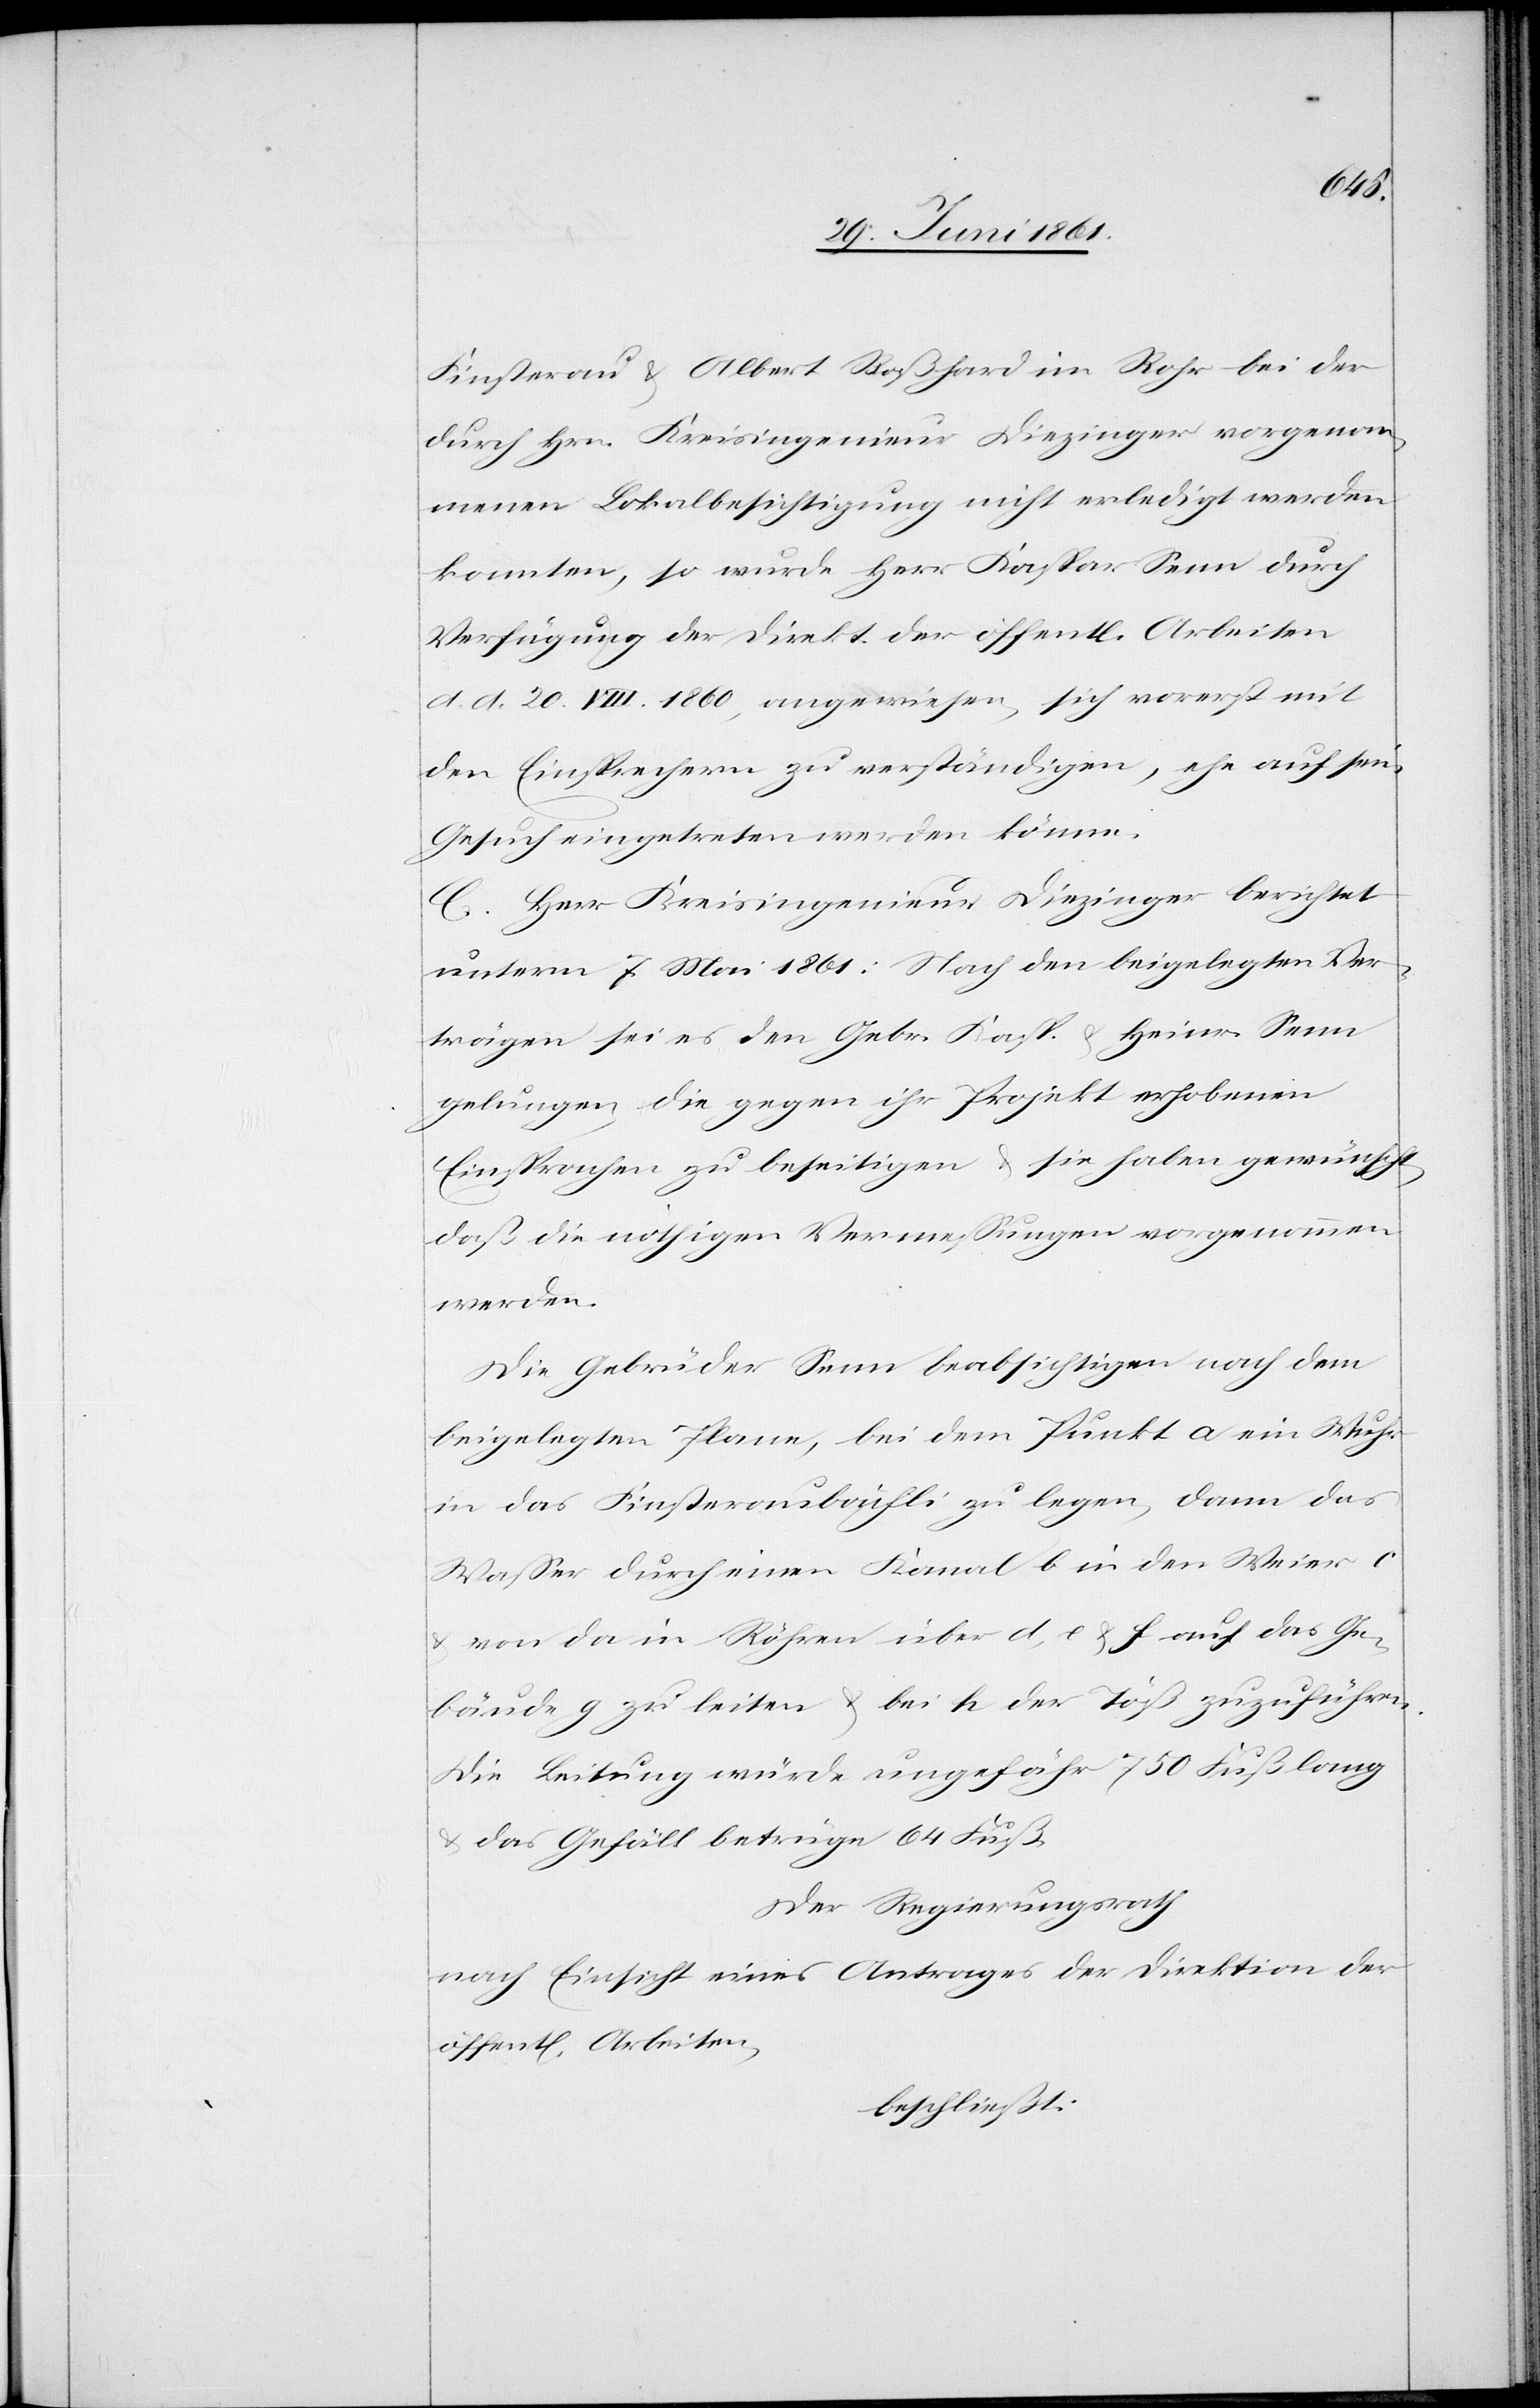
Finsterau u. Albert Boßhard in Rohr bei der
durch Hrn. Kreisingenieur Diezinger vorgenom¬
menen Lokalbesichtigung nicht erledigt werden
konnten, so wurde Herr Kaspar Senn durch
Verfügung der Direkt. der öffent[lichen] Arbeiten
d. d. 20. VII. 1860, angewiesen, sich vorerst mit
den Einsprechern zu verständigen, ehe auf sein
Gesuch eingetreten werden könne.
C. Herr Kreisingenieur Diezinger berichtet
unterm 8. Mai 1861: Nach den beigelegten Ver¬
trägen sei es den Gebr. Kasp. u. Heinr. Senn
gelungen, die gegen ihr Projekt erhobenen
Einsprachen zu beseitigen u. sie haben gewünscht,
daß die nöthigen Vermessungen vorgenommen
werden.
Die Gebrüder Senn beabsichtigen nach dem
beigelegten Plane, bei dem Punkt a ein Wuhr
in das Finsteraubächli zu legen, dann das
Wasser durch einen Kanal b in den Weier c
u. von da in Röhren über d, e u. f auf das Ge¬
bäude g zu leiten u. bei h der Töß zuzuführen.
Die Leitung würde ungefähr 750 Fuß lang
u. das Gefäll betrüge 64 Fuß.
Der Regierungsrath
nach Einsicht eines Antrages der Direktion der
öffent[lichen] Arbeiten,
beschließt: